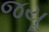
જયૂ